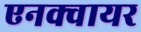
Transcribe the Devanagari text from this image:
एनक्वायर